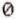
0